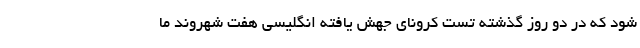
شود که در دو روز گذشته تست کرونای جهش یافته انگلیسی هفت شهروند ما